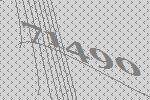
71490